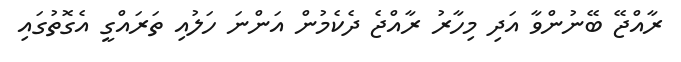
ރާއްޖޭ ބޭނުންވާ އަދި މިހާރު ރާއްޖެ ދެކެމުން އަންނަ ހަލުއި ތަރައްގީ އެގޮތުގައި